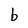
Character: b